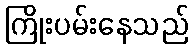
ကြိုးပမ်းနေသည်